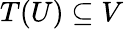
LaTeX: T(U)\subseteq V